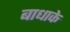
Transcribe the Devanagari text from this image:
बाधाके